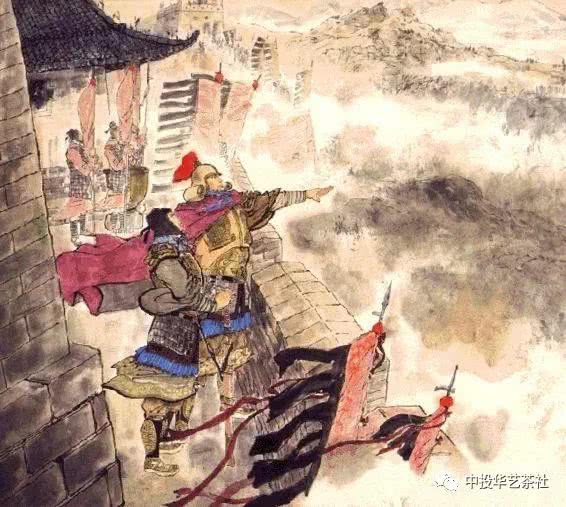
烽火城西百尺楼，黄昏独上海风秋。